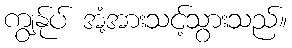
ကျွန်ုပ် အံ့အားသင့်သွားသည်။